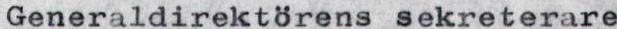
Generaldirektörens sekreterare